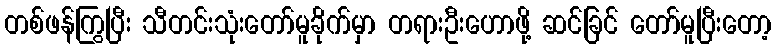
တစ်ဖန်ကြွပြီး သီတင်းသုံးတော်မူခိုက်မှာ တရားဦးဟောဖို့ ဆင်ခြင် တော်မူပြီးတော့